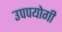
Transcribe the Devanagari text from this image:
उपपयोगी